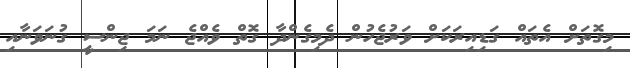
މިގޮތަށް އެތައް ގަޑިއިރަކަށް ވަރުޖެހުން ދެމިގެންދާ ގޮތް ވެއްޖެ ނަމަ ޖިންސީ ގުނަވަނާއި